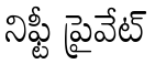
నిఫ్టీ ప్రైవేట్